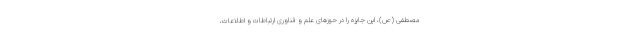
مصطفی (ص)، این جایزه را در حوز‌های علم و فناوری ارتباطات و اطلاعات،